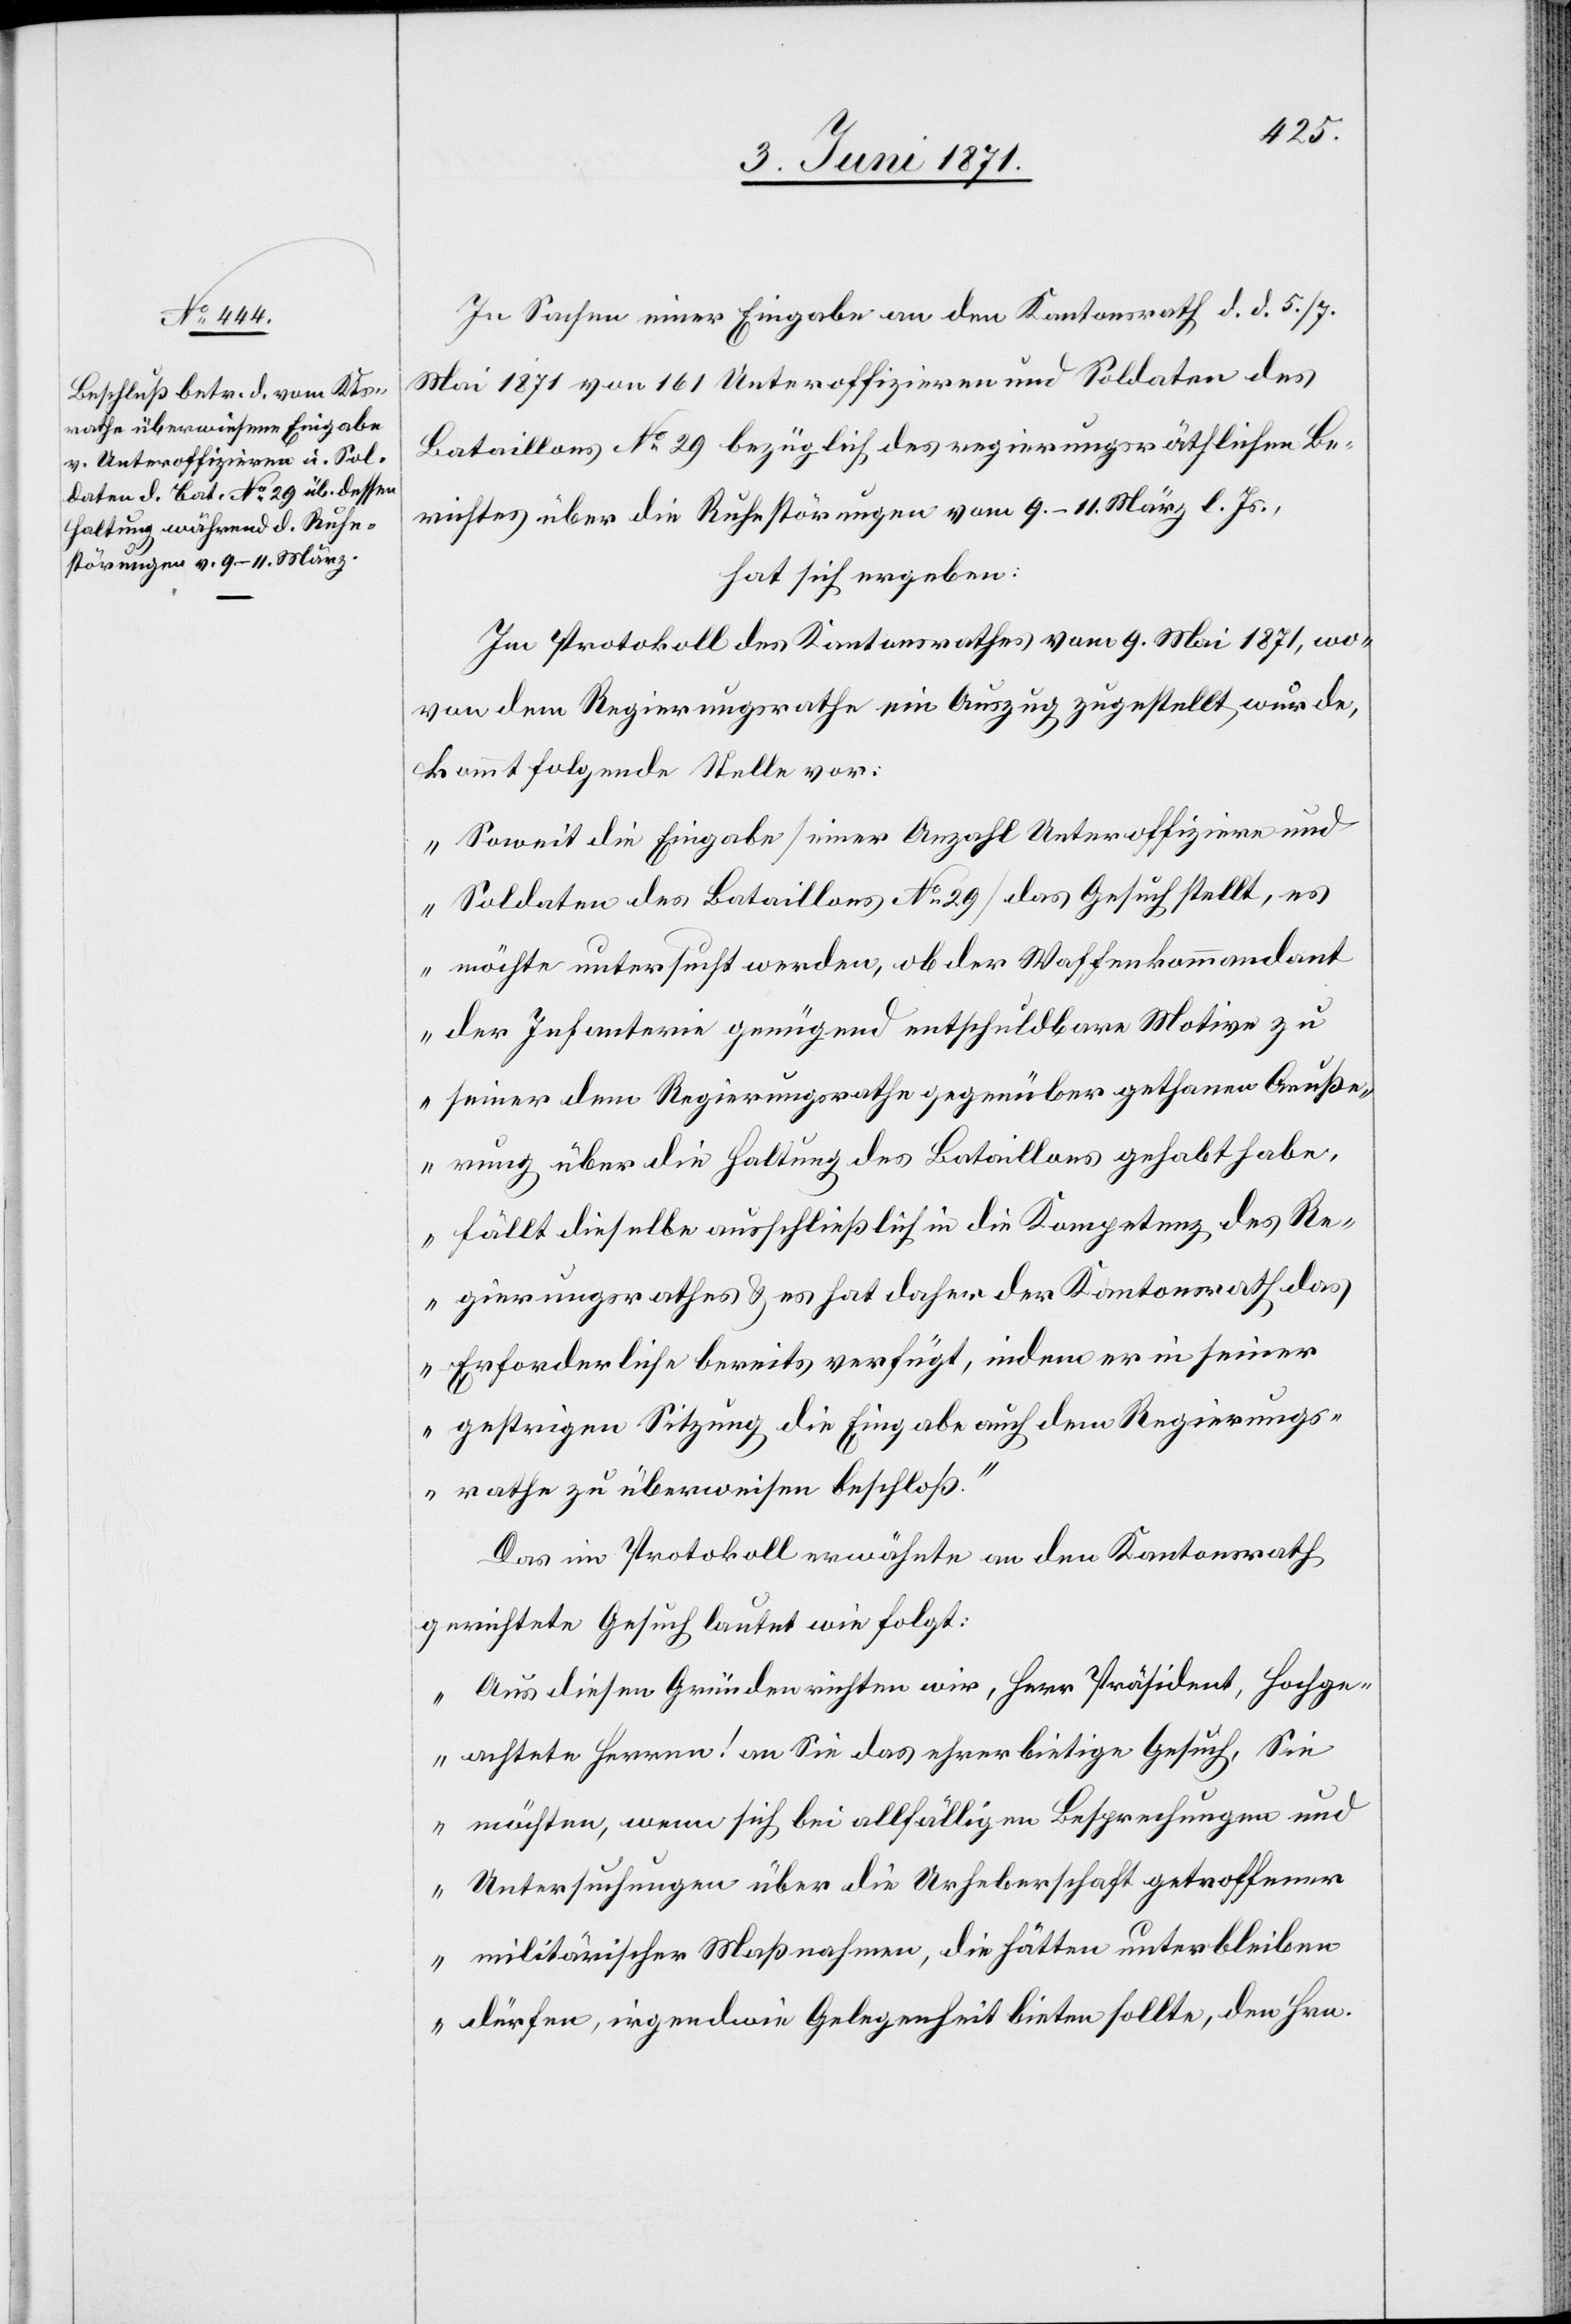
In Sachen einer Eingabe an den Kantonsrath d. d. 5./7.
Mai 1871 von 161 Unteroffizieren und Soldaten des
Bataillons No. 29 bezüglich des regierungsräthlichen Be¬
richtes über die Ruhestörungen vom 9.–11. März l. Js.,
hat sich ergeben:
Im Protokoll des Kantonsrathes vom 9. Mai 1871, wo¬
von dem Regierungsrathe ein Auszug zugestellt wurde,
kommt folgende Stelle vor:
„Soweit die Eingabe [einer Anzahl Unteroffiziere und
Soldaten des Bataillons No. 29] das Gesuch stellt, es
möchte untersucht werden, ob der Waffenkommandant
der Infanterie genügend entschuldbare Motive zu
seiner dem Regierungsrathe gegenüber gethanen Aeuße¬
rung über die Haltung des Bataillons gehabt habe,
fällt dieselbe ausschließlich in die Kompetenz des Re¬
gierungsrathes u. es hat daher der Kantonsrath das
Erforderliche bereits verfügt, indem er seiner
gestrigen Sitzung die Eingabe auch dem Regierungs¬
rathe zu überweisen beschloß.“
Das im Protokoll erwähnte an den Kantonsrath
gerichtete Gesuch lautet wie folgt:
„Aus diesen Gründen richten wir, Herr Präsident, hochge¬
achtete Herren! an Sie das ehrerbietige Gesuch, Sie
möchten, wenn sich bei allfälligen Besprechungen und
Untersuchungen über die Urheberschaft getroffener
militärischer Maßnahmen, die hätten unterbleiben
dürfen, irgendwie Gelegenheit bieten sollte, den Hrn.